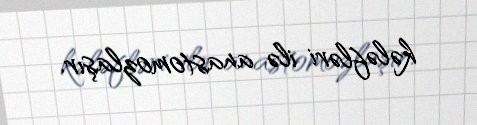
kələfləri ilə anastomozlaşır.